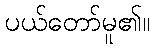
ပယ်တော်မူ၏။